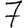
Digit: 7